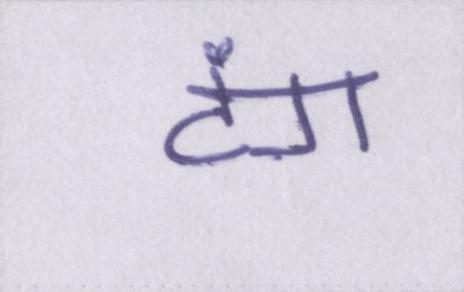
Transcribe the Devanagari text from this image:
टंग